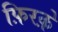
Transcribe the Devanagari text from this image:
फ़िरक़े